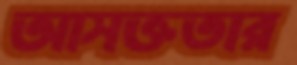
আসক্ততার